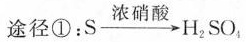
途径①：S \xrightarrow[]{浓硝酸} H_{2}SO_{4}